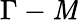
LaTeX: \Gamma-\mathit{M}